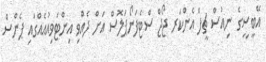
އޭބީސީގެ ނިއުސް ޗީފް އެންކަރ ޖޯޖް ސްޓެފަނޯޕަލޮސް އަށް ދެއްވި އިންޓަވިއުއެއްގައި ޕެންސް